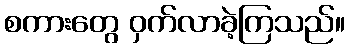
စကားတွေ ဝှက်လာခဲ့ကြသည်။